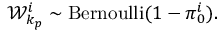
\mathcal { W } _ { k _ { p } } ^ { i } \sim \mathrm { B e r n o u l l i } ( 1 - \pi _ { 0 } ^ { i } ) .